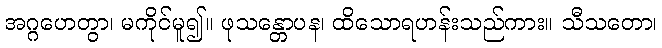
အဂ္ဂဟေတွာ၊ မကိုင်မူ၍။ ဖုသန္တောပန၊ ထိသောရဟန်းသည်ကား။ သီသတော၊